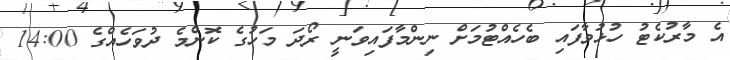
އެ މާރުކެޓު ހުޅުވާފައި ބެހެއްޓުމަށް ނިންމާފައިވަނީ ރޯދަ މަހުގެ ކޮންމެ ދުވަހެއްގެ 14:00